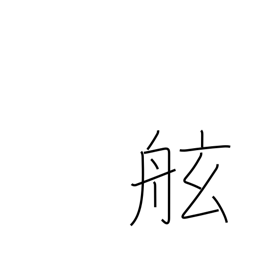
Meaning: gunwale